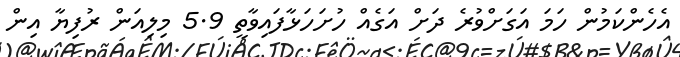
އެހެންކަމުން ހަމަ އަގަށްވުރެ ދަށް އަގެއް ހުށަހަޅާފައިވާތީ 5.9 މިލިއަން ރުފިޔާ އިން